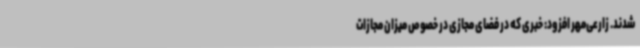
شدند. زارعی‌مهر افزود: خبری که در فضای مجازی در خصوص میزان مجازات